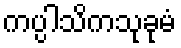
ကပ္ပါသိကသုခုမံ